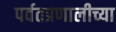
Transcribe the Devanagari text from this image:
पर्वतप्रणालीच्या